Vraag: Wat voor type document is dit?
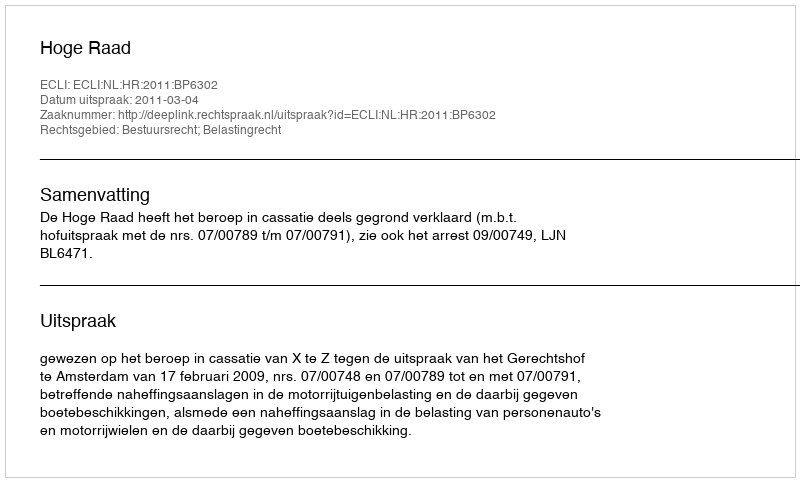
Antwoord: Uitspraak